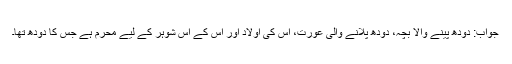
جواب: دودھ پینے والا بچہ، دودھ پلانے والی عورت، اس کی اولاد اور اس کے اس شوہر کے لیے محرم ہے جس کا دودھ تھا۔